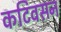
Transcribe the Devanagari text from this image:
कटिवसन